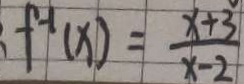
f ^ { - 1 } ( x ) = \frac { x + 3 } { x - 2 }